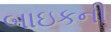
બાઇકની